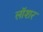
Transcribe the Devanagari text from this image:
लॉशर